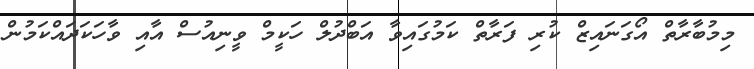
މިމުބާރާތް އޯގަނައިޒް ކުރި ފަރާތް ކަމުގައިވާ އަބްދުލް ހަކީމް ވީނިއުސް އާއި ވާހަކަދައްކަމުން